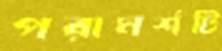
পরামর্শটি